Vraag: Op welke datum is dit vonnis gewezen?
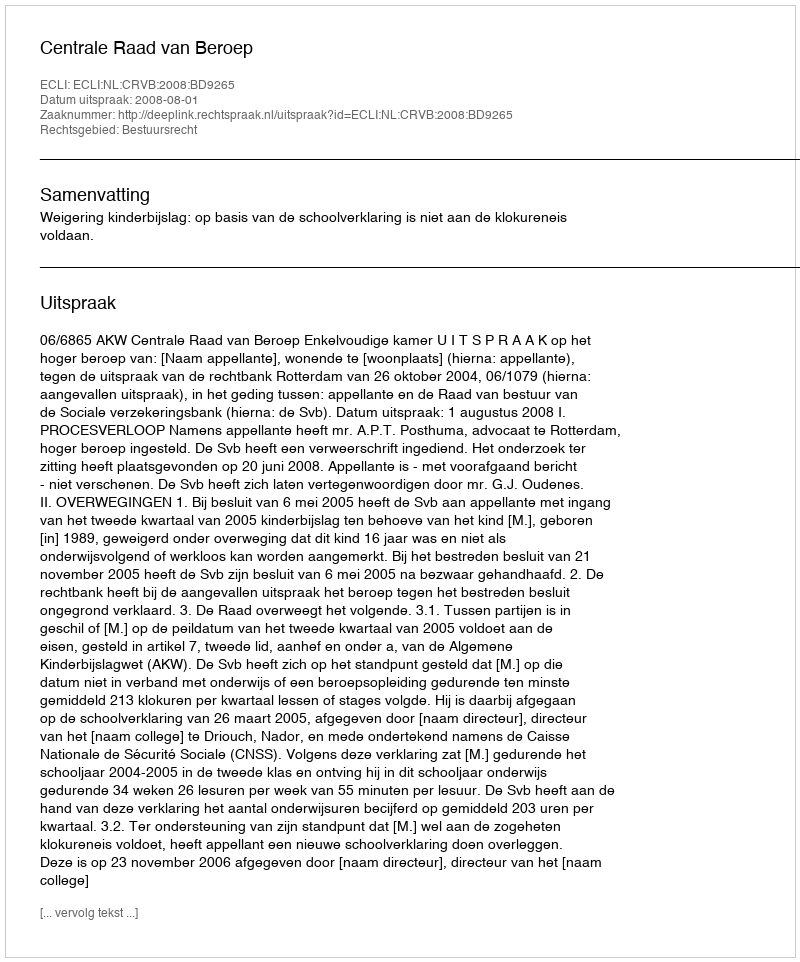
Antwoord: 2008-08-01